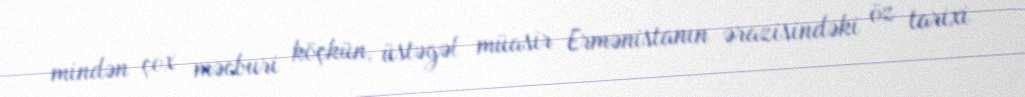
mindən çox məcburi köçkün, üstəgəl müasir Ermənistanın ərazisindəki öz tarixi